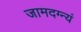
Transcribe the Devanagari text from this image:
जामदग्न्यं